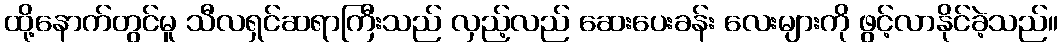
ထို့နောက်တွင်မူ သီလရှင်ဆရာကြီးသည် လှည့်လည် ဆေးပေးခန်း လေးများကို ဖွင့်လာနိုင်ခဲ့သည်။